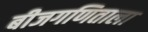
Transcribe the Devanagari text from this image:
बीजगणिताला